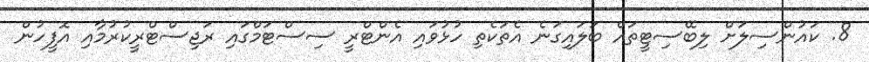
8. ކައުންސިލަށް ލިބޭސިޓީތައް ބަލައިގަނެ އެތަކެތި ހުޅުވައި އެންޓްރީ ސިސްޓަމްގައި ރަޖިސްޓްރީކުރުމާއި އޮފީހުން